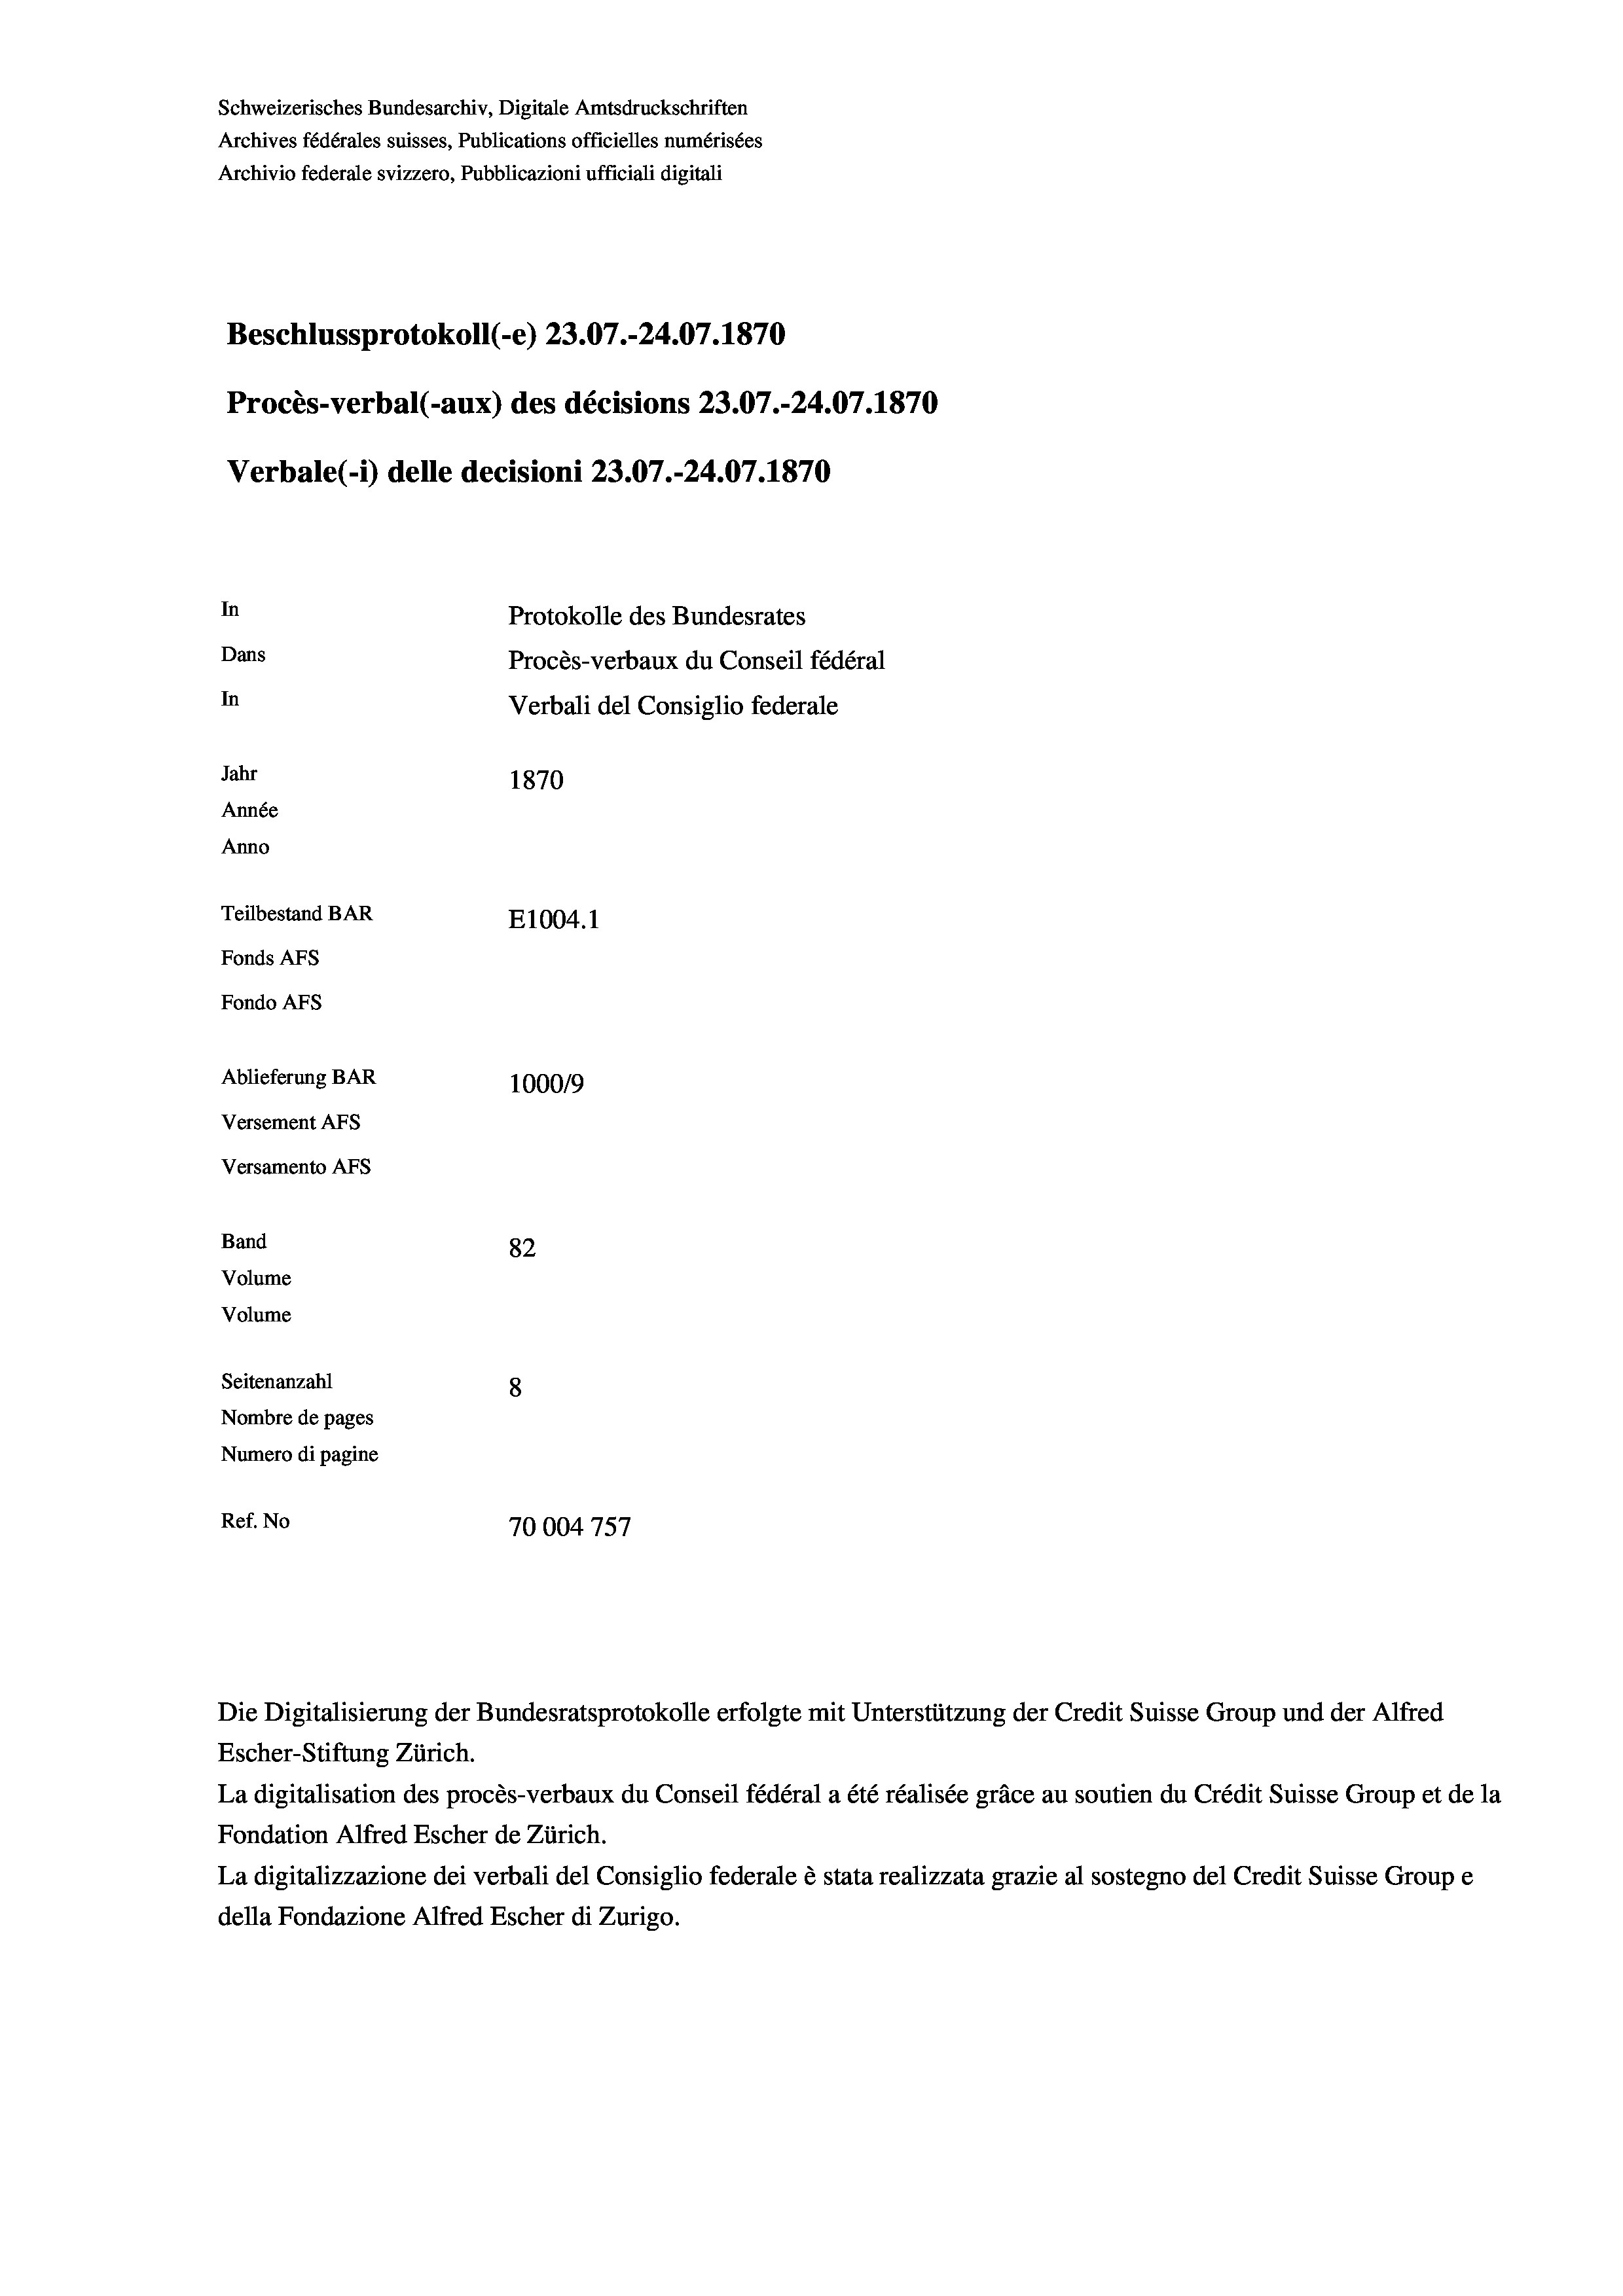
Beschlussprotokoll (-e) 23.07.-24.07. 1870
Procès-verbal (-aux) des décisions 23.07.-24.07. 1870
In
Protokolle des Bundesrates
Dans
Procès-verbaux du Conseil fédéral
In
Verbali del Consiglio federale
Jahr
1870
Année
Anno
Teilbestand BAR
E1004. 1
Fonds AFs
Fondo AFs
Ablieferung BAR
100019
Versement As

Versamento AFs
Band
Volume
Volume
Seitenanzahl

Schweizerisches Bundesarchiv, Digitale Amtsdruckschriften
Archives fédérales suisses, Publications officielles numérisées
Archivio federale svizzero, Pubblicazioni ufficiali digitali

82
8
Nombre de pages
Numero di pagine
Ref. No
70004 757

Escher-Stiftung Zürich.
La digitalisation des procès-verbaux du Conseil fédéral a été réalisée gräce au soutien du Crédit Suisse Group et de la
Fondation Alfred Escher de Zürich.
La digitalizzazione dei verbali del Consiglio federale è stata realizzata grazie al sostegno del Credit Suisse Groupe
della Fondazione Alfred Escher di Zurigo.

Die Digitalisierung der Bundesratsprotokolle erfolgte mit Unterstützung der Credit Suisse Group und der Alfred

Verbale (1) delle decisioni 23.07.-24.07. 1870